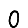
Digit: 0